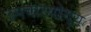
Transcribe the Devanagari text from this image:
उपचारयोग्य